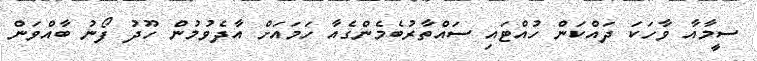
ސީމާއާ ވާހަކަ ދައްކަން ހުއްޓައި ސައްތާރުބެމެންގެއާ ހަމައަށް އާދެވުމުން ހޫދު ފޯނު ބާއްވަން